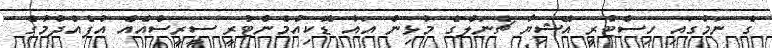
ގެ ނަމުގައި ހިސްޓުރީ އޭޝިޔާ ޗެނަލްގެ މުޅިން އައު ޑޮކިއުމެންޓުރީ ސީރީސްއެއް އުފެއްދުމުގެ